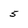
Character: 5